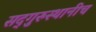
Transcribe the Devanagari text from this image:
सद्‌गुरुस्थानीच